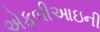
એફબીઆઇની